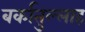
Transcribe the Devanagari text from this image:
बर्कातुल्लाह